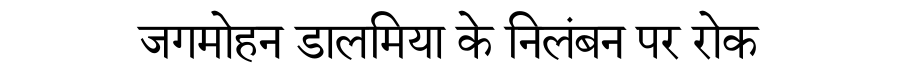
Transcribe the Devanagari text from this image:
जगमोहन डालमिया के निलंबन पर रोक